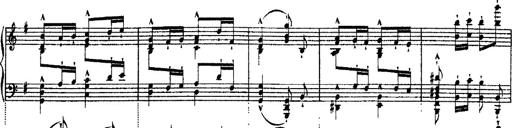
Title: Ã‰tudes d'exÃ©cution transcendante d'aprÃ¨s Paganini
Composer: Franz Liszt